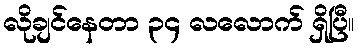
လိုချင်နေတာ ၃၄ လလောက် ရှိပြီ။